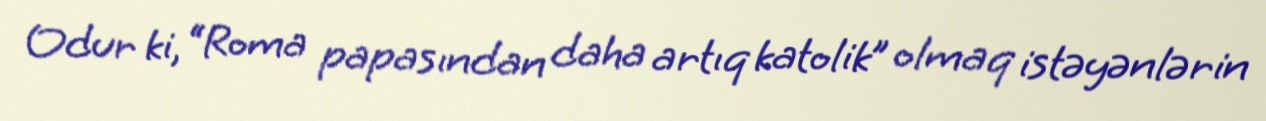
Odur ki, “Roma papasından daha artıq katolik” olmaq istəyənlərin